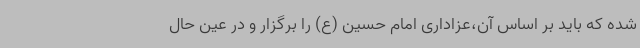
شده که باید بر اساس آن،عزاداری امام حسین (ع) را برگزار و در عین حال